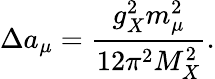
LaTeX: \Delta a_{\mu}={\frac{g_{X}^{2}m_{\mu}^{2}}{12\pi^{2}M_{X}^{2}}}.